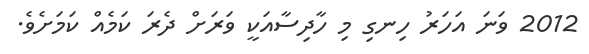
2012 ވަނަ އަހަރު ހިނގި މި ހާދިސާއަކީ ވަރަށް ދެރަ ކަމެއް ކަމަށެވެ.